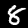
Digit: 8